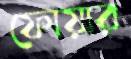
ফোয়ার